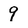
Character: 9